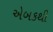
એબકથી